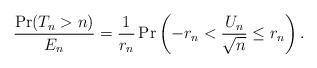
LaTeX: \begin{align*}\frac{\Pr(T_n>n)}{E_n}=\frac{1}{r_n}\Pr\left(-r_n<\frac{U_{n}}{\sqrt{n}}\le r_n\right).\end{align*}